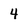
Character: 4